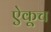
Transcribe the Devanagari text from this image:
ऐकूच